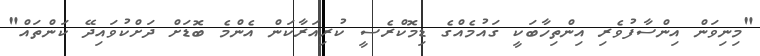
"މިނިވަން އިންސާފުވެރި އިންތިހާބަކީ ގައުމެއްގެ ޑިމޮކްރެސީ ކުރިއަރާކަން އެންމެ ބޮޑަށް ދަށްކުވައިދޭ ކަންތައް"